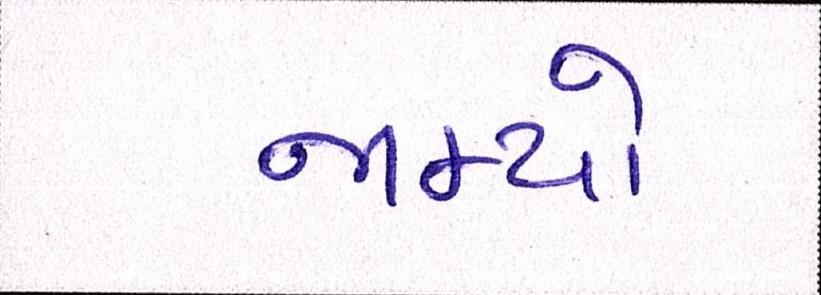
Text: જામ્યો